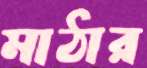
মাঠার